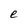
Character: e